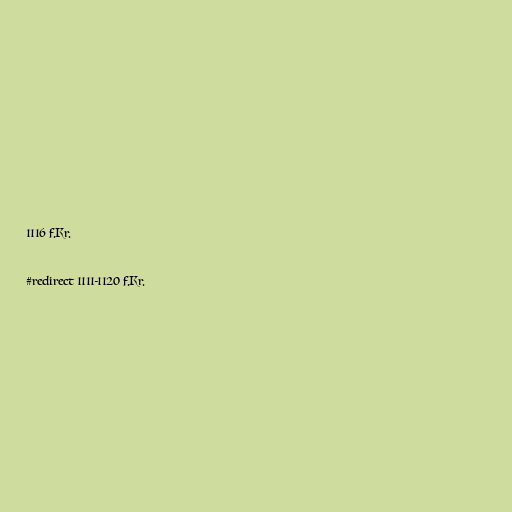
1116 f.Kr.

#redirect 1111-1120 f.Kr.